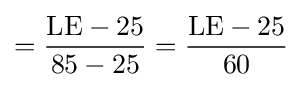
={\frac {{\text{LE}}-25}{85-25}}={\frac {{\text{LE}}-25}{60}}